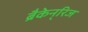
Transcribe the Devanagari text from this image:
ब्रैकेन्‌रिज